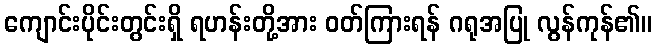
ကျောင်းပိုင်းတွင်းရှိ ရဟန်းတို့အား ဝတ်ကြားရန် ဂရုအပြု လွန်ကုန်၏။